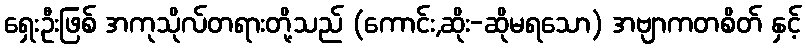
ရှေးဦးဖြစ် အကုသိုလ်တရားတို့သည် (ကောင်း,ဆိုး-ဆိုမရသော) အဗျာကတစိတ် နှင့်